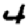
Digit: 4